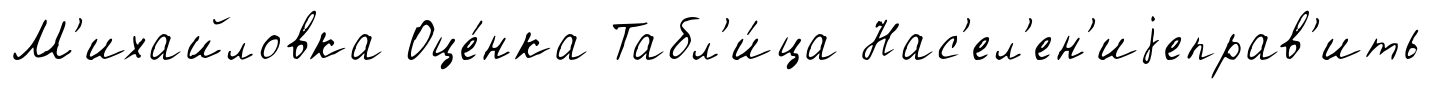
М'ихайловка Оце́нка Табл'и́ца Нас'ел'ен'иjеправ'ить